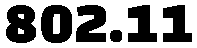
802.11